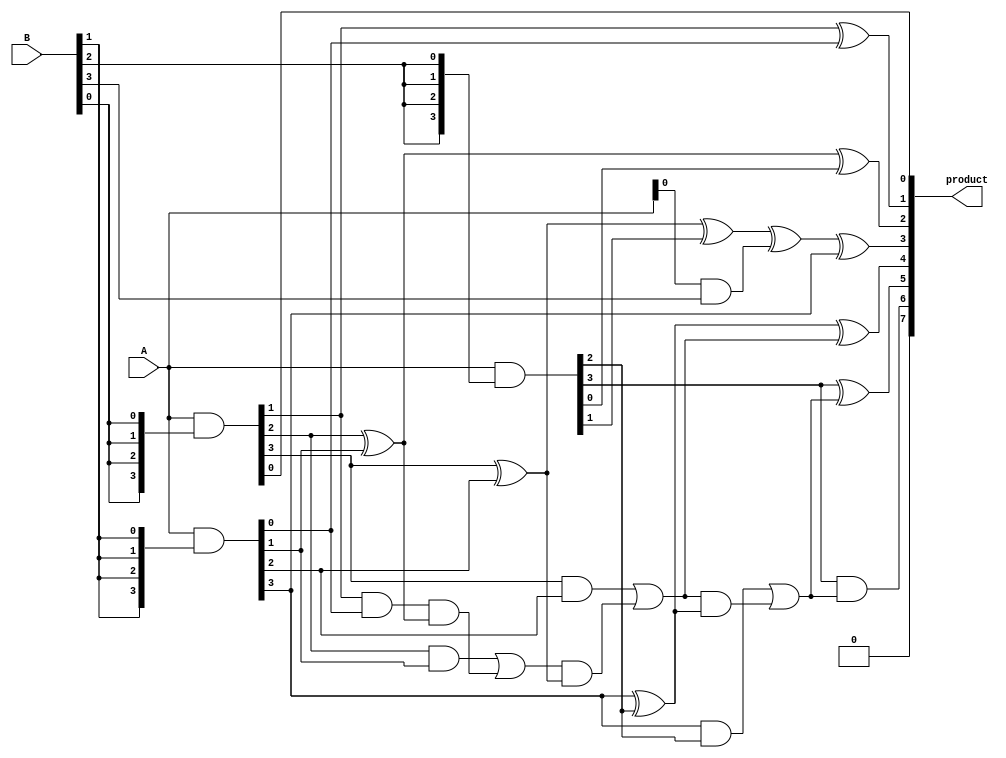
module dadda_multiplier (
    input  [3:0] A,     // 4-bit input A
    input  [3:0] B,     // 4-bit input B
    output [7:0] product // 8-bit output product
);

    // Partial products generation
    wire [3:0] pp0, pp1, pp2, pp3;
    assign pp0 = A & {4{B[0]}};
    assign pp1 = A & {4{B[1]}};
    assign pp2 = A & {4{B[2]}};
    assign pp3 = A & {4{B[3]}};

    // Full adders and half adders for Dadda reduction
    wire [7:0] sum0, sum1, carry0, carry1;

    // Row 1
    // First stage of reduction
    assign sum0[0] = pp0[0];      // First row
    assign carry0[0] = 0;          // Carry in
    assign sum0[1] = pp0[1] ^ pp1[0];
    assign carry0[1] = pp0[1] & pp1[0];

    assign sum0[2] = pp0[2] ^ pp1[1] ^ pp2[0];
    assign carry0[2] = (pp0[2] & pp1[1]) | (carry0[1] & (pp0[2] ^ pp1[1]));
    
    assign sum0[3] = pp0[3] ^ pp1[2] ^ pp2[1] ^ pp3[0];
    assign carry0[3] = (pp0[3] & pp1[2]) | (carry0[2] & (pp0[3] ^ pp1[2]));
    
    assign sum0[4] = pp1[3] ^ pp2[2] ^ carry0[3];
    assign carry0[4] = (pp1[3] & pp2[2]) | (carry0[3] & (pp1[3] ^ pp2[2]));

    assign sum0[5] = pp2[3] ^ carry0[4];
    assign carry0[5] = pp2[3] & carry0[4];

    assign sum0[6] = carry0[5];
    assign sum0[7] = 0; // No carry beyond the maximum

    // Final addition
    wire [7:0] sum, carry;

    assign product[0] = sum0[0];
    assign product[1] = sum0[1];
    assign product[2] = sum0[2];
    assign product[3] = sum0[3] ^ pp1[3];  // Adding the last partial product row
    assign product[4] = sum0[4];
    assign product[5] = sum0[5];
    assign product[6] = sum0[6];
    assign product[7] = sum0[7];

endmodule